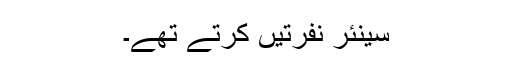
سینئر نفرتیں کرتے تھے۔